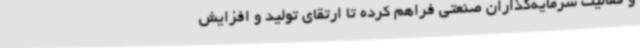
و فعالیت سرمایه‌گذاران صنعتی فراهم کرده تا ارتقای تولید و افزایش